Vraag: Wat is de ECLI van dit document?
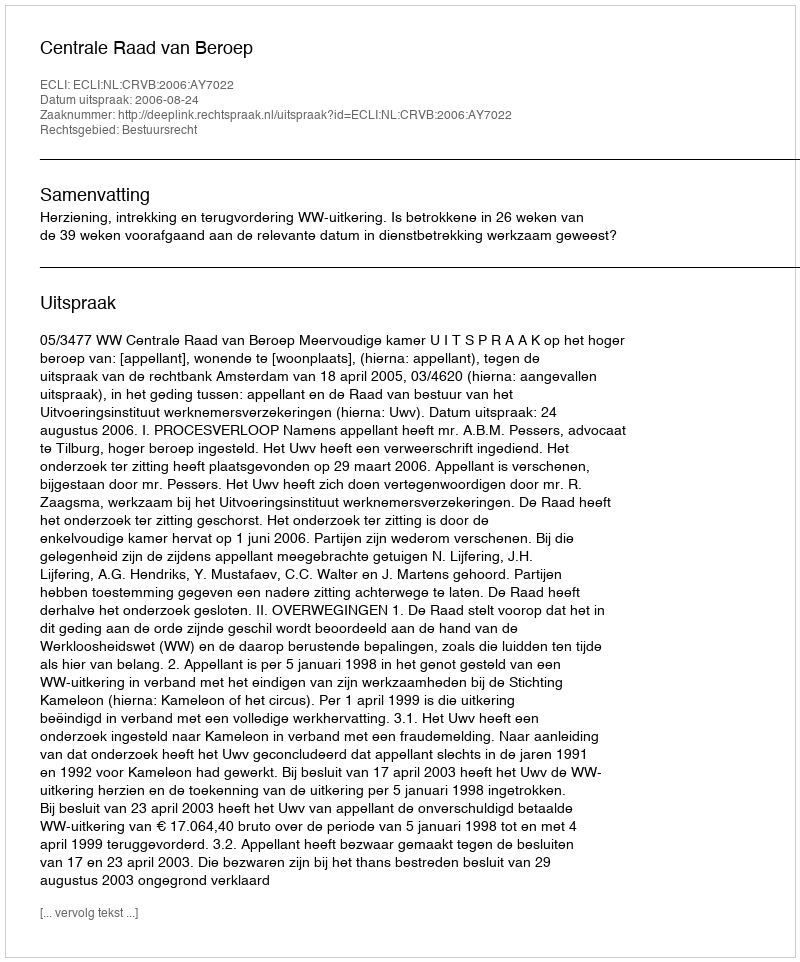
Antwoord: ECLI:NL:CRVB:2006:AY7022